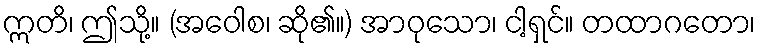
ဣတိ၊ ဤသို့။ (အဝေါစ၊ ဆို၏။) အာဝုသော၊ ငါ့ရှင်။ တထာဂတော၊